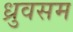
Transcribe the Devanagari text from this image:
ध्रुवसम